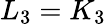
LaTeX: L_{3}=K_{3}